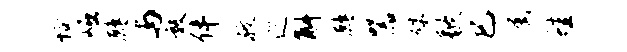
恰崛鹧与敦伴孜巡斛鹧器殊歇巳屡蛙